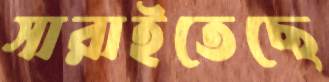
সারাইতেছে